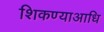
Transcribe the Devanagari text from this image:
शिकण्याआधि